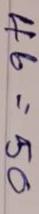
46 = 50